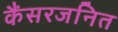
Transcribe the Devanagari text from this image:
कैंसरजनित